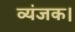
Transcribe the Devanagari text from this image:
व्यंजक।